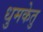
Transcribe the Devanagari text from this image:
धुमकेतु